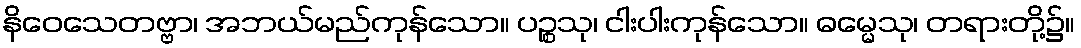
နိဝေသေတဗ္ဗာ၊ အဘယ်မည်ကုန်သော။ ပဉ္စသု၊ ငါးပါးကုန်သော။ ဓမ္မေသု၊ တရားတို့၌။